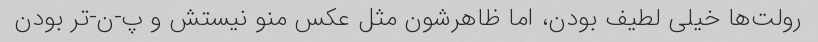
رولت‌ها خیلی لطیف بودن، اما ظاهرشون مثل عکس منو نیستش و پ-ن-تر بودن